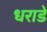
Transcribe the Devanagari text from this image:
धराडे